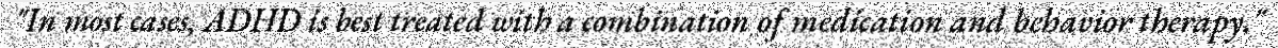
"In most cases, ADHD is best treated with a combination of medication and behavior therapy."